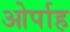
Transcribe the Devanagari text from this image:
ओर्पाह